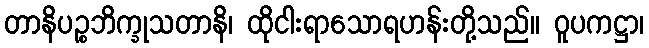
တာနိပဉ္စဘိက္ခုသတာနိ၊ ထိုငါးရာသောရဟန်းတို့သည်။ ဝူပကဋ္ဌာ၊